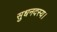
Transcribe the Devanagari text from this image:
सुधनदस्य।